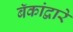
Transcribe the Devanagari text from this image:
बॅकांद्वारे